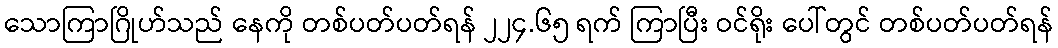
သောကြာဂြိုဟ်သည် နေကို တစ်ပတ်ပတ်ရန် ၂၂၄.၆၅ ရက် ကြာပြီး ဝင်ရိုး ပေါ်တွင် တစ်ပတ်ပတ်ရန်